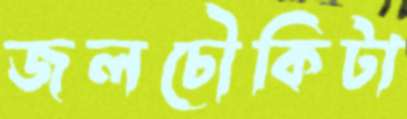
জলচৌকিটা